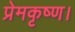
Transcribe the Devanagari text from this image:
प्रेमकृष्ण।